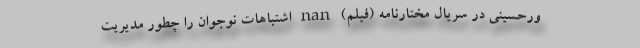
ورحسینی در سریال مختارنامه (فیلم) nan اشتباهات نوجوان را چطور مدیریت